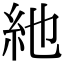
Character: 䊶